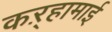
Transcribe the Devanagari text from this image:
कऱ्हामाई